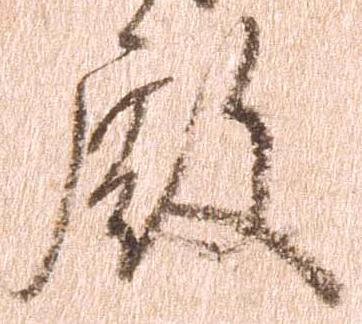
殿